Annual report of the Bengal Veterinary College and of the Civil Veterinary Department, Bengal, for the year 1919-20 - 1919-1920
Year: 1919
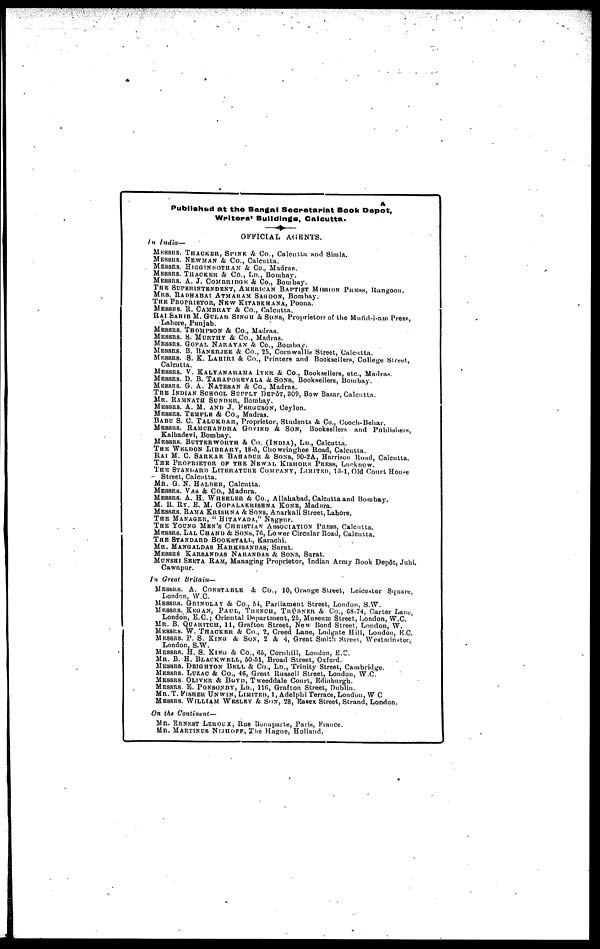
Publ i shed at the Bengal Secretari at Book Depot ,
Wri t ers' Bui l di ngs, Cal cut t a.
OFFCI AL AGENTS.
In India—
MESSRS. THACKER, SPINK & Co. , Cal cut t a and Si ml a.
MESSRS. NEWMAN & Co., Cal cut t a.
MESSRS. HIGGINBOTHAM & Co., Madr as.
MESSRS. THACKER & Co. ,
LD. , Bombay.
MESSRS. A. J . COMBRI DGE & Co. ,
Bombay.
THE SUPERINTENDENT, AMERICAN BAPTI
MRS. RADHABAI ATMARAM SAGOON, Bombay.
THE PROPRIETOR, NEW KITABKHANA, Poona.
MESSRS. R. CAMBRAY & Co., Cal cut t a.
RAI SAHIB M. GULAB SINGH & SONS, Pr opr i et or s of t he
Lahor e, Punj ab.
MESSRS. THOMPSON & Co. , Madr as .
MESSRS. S. MURTHY & Co. , Madr as .
MESSRS. GOPAL NARAYAN & Co. , Bombay.
MESSRS. B. BANERJEE & Co. , 25, Cor n wal l i s St reet , Cal cut t a.
MESSRS. S. K. LAHIRI & Co. , Pr i nt er s and Booksel l er s, Col l
ege St reet ,
Cal cut t a.
MESSRS. V. KALYANARAMA IYER & Co. , Booksel l er
MESSRS. D. B. TARAPOREVALA & SONS, Bookse
MESSRS. G. A. NATESAN & Co. , Madr as .
THE INDIAN SCHOOL SUPPLY DEPÔT, 309, Bo w B
MR. RAMNATH SUNDER, Bombay.
MESSRS. A. M. AND J. FERGUSON,Ceylon.
MESSRS. TEMPLE & Co. , Madr as .
BABU S. C. TALUKDAR, Pr opr i et or , St udent s & Co. , Cooch- Behar .
MESSRS. RAMCHANDRA GOVIND & SON, Boo
Kal badevi , Bombay.
MESSRS. BUTTERWORTH & CO. (INDIA), Ld. , C
THE WELDON LIBRARY, 18- 5, Chowr i
nghee Road, Cal cut t a.
RAI M. C. SARKAR BAHADUR & SONS, 90- 2A, Har r i
s on
The Proprietor of the Newal Kishore Press, Lucknow.
THE STANDARD LITERATURE COMPANY, L
St reet , Cal cut t a.
MR. G. N. Hal der, Cal cut t a.
MESSRS. VAS & Co. , Madur a.
MESSRS. A. H. WHEELER & Co. , Al l ahabad, Cal cut t a and Bombay.
M. R. RY. E. M. G O P A L A K R I S H N A KONE, Madur a.
MESSRS. RAMA KRISHNA & SONS, Anar kal i St reet , Laho
THE MANAGER, "HITAVADA," Nagpur .
THE YOUNG MEN'S CHRISTIAN ASSOCIATI
MESSRS. LAL CHAND & SONS, 76, Lower Ci r cul ar Road, Cal cu
THE STANDARD BOOKSTALL, Kar achi .
MR. MANGALDAS HARKISANDAS, Sur at .
MESSRS KARSANDAS NARANDAS & SONS,
MUNSHI SEETA RAM, Managi ng Pr opr i et or , I ndi an Ar my Book Dep6t , J
Cawnpur .
In Great Britain—
MESSRS. A. CONSTABLE & Co. , 10, Or ange St reet , Lei cest er Sq
London, W. C.
MESSRS. GRINDLAY & Co. , 51, Par l i ament St reet , London, S. W.
MESSRS. KEGAN, PAUL, TRENCH, TRÜBNE
London, E. C. ; Or i ent al Depar t
ment , 25, Mus e um St reet , London, W. C.
MR. B. QUARI TCH, 11, Gr af t
on St reet , Ne w Bond St reet , London, W.
MESSRS. W. THACKER & Co. , 2, Cr eed Lane, Ludgat e Hi l l , Londo
MESSRS. P. S. KING & SON, 2 & 4, Gr eat Smi t
h St r eet . , West mi nst e
London, S. W.
MESSRS. H. S. KING & Co. , 65, Cor nhi l l , Loudon, E. C.
MR. B. H. BLACKWELL, 50- 51, Br oad St reet , Oxf or d.
MESSRS. DEIGHTON BELL & Co. , LD. , Tr i ni t y St r eet , Camb
MESSRS. LUZAC & Co. , 46, Gr eat Russel l St reet , London, W. C.
MESSRS. OLIVER & BOYD, Tweeddal e Cour t , Edi nbur gh.
MESSRS. E. PONSONBY, LD. , 116, Gr af t
on St reet , Dubl i n.
MR. T. FISHER UNWIN, LIMITED, 1, Adel phi Ter r ace, Lon
MESSRS. WILLIAM WESLEY & SON, 28, Es s ex St r eet ,
On the Continent—
MR. ERNEST LEROUX, Rue Bonapar t e, Pari s, Fr ance.
MR. MARTINUS NIJHOFF, The Hague, Hol l and.